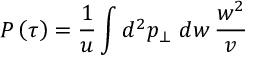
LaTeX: P \left( \tau \right) = \frac { 1 } { u } \int d ^ { 2 } p _ { \bot } \, \, d w \, \frac { w ^ { 2 } } { v } \,